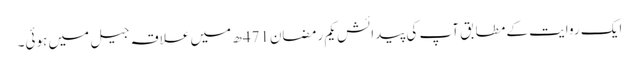
ایک روایت کے مطابق آپ کی پیدائش یکم رمضان471ھ میں علاقہ جیل میں ہوئی۔